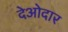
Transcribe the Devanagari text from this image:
देओदार